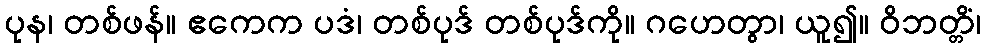
ပုန၊ တစ်ဖန်။ ဧကေက ပဒံ၊ တစ်ပုဒ် တစ်ပုဒ်ကို။ ဂဟေတွာ၊ ယူ၍။ ဝိဘတ္တိံ၊